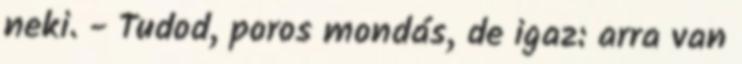
neki. - Tudod, poros mondás, de igaz: arra van